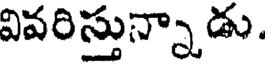
వివరిస్తున్నాడు.